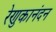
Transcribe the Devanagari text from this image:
रेणुकानंदन